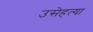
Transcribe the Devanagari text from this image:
उसेहत्या